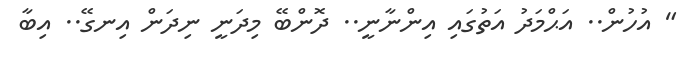
" އުހުން.. އަޙްމަދު އަތުގައި އިންނާނީ.. ދޮންބޭ މިދަނީ ނިދަން އިނގޭ.. އިބާ